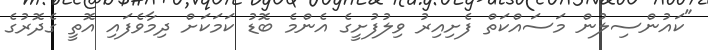
"ކައުންސިލުން މަސައްކަތް ފެށިއިރު ވިލުފުށީގެ އެންމެ ބޮޑު ކަމަކަށް ދިމާވެފައި އޮތީ ގެދޮރުގެ